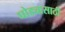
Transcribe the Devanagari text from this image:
घोड्यासाठी